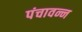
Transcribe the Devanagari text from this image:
पंचावन्न